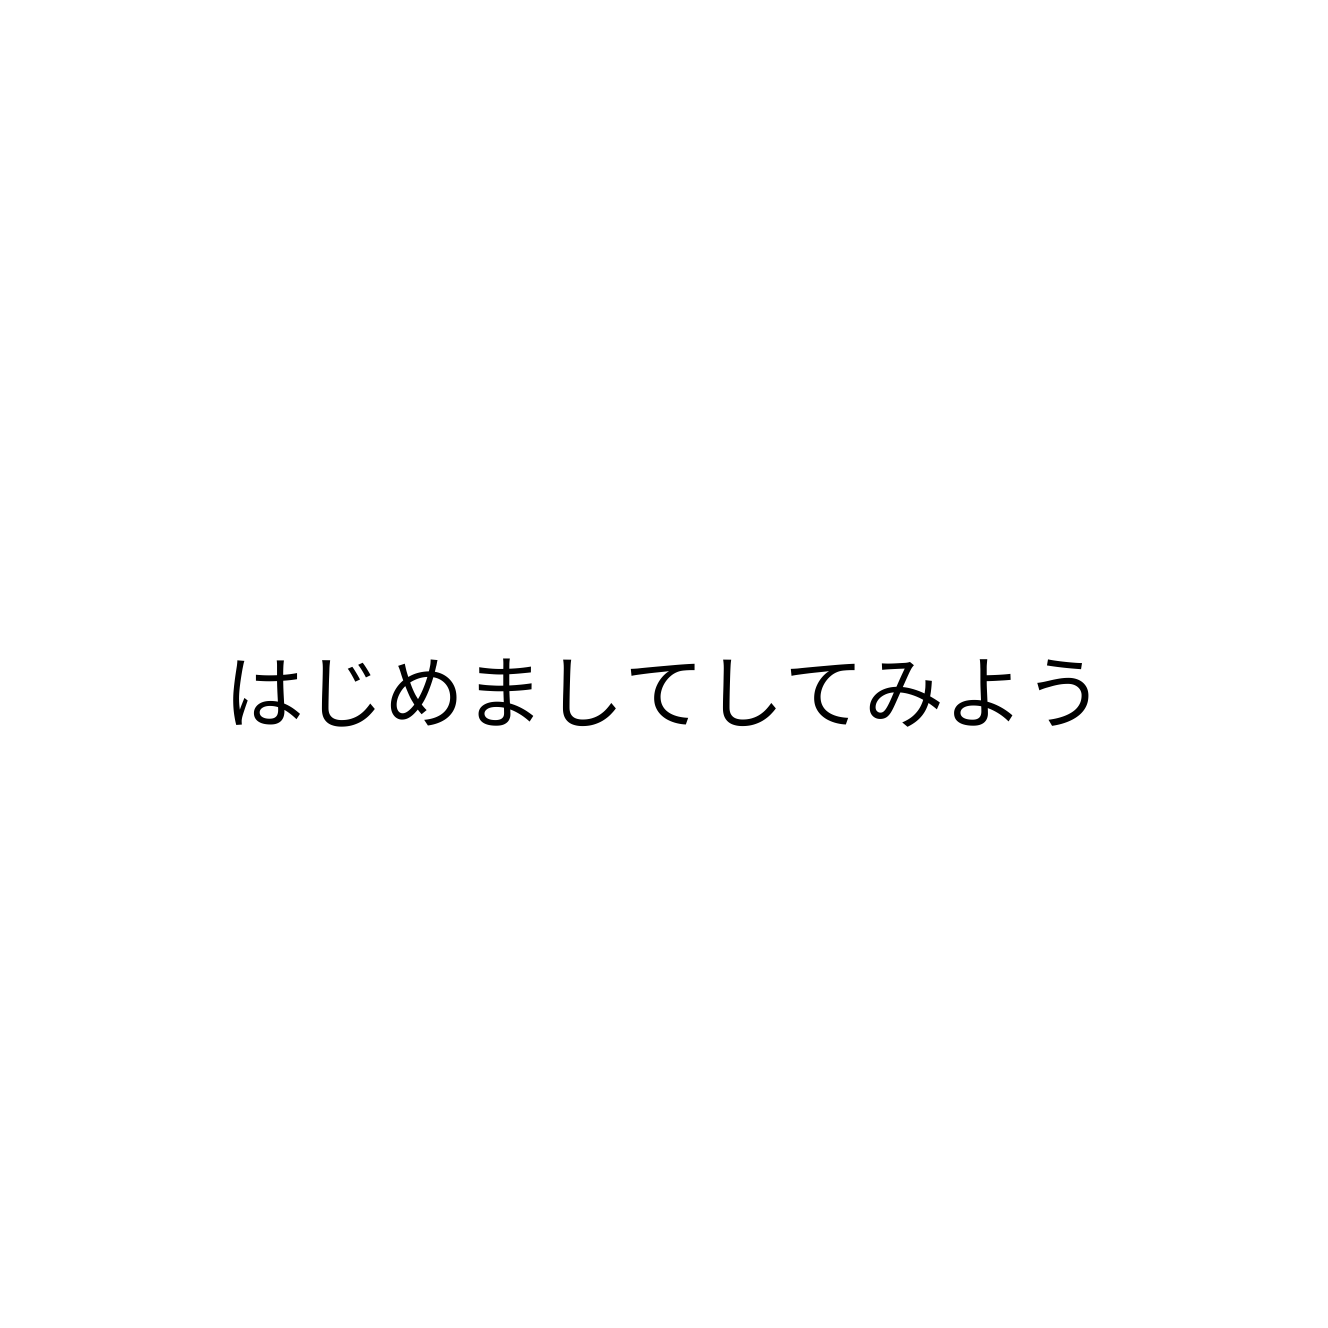
はじめましてしてみよう